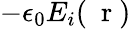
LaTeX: -\epsilon_{0}E_{i}(\mathrm{~\mathbf~r~})